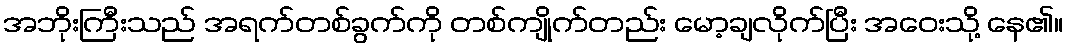
အဘိုးကြီးသည် အရက်တစ်ခွက်ကို တစ်ကျိုက်တည်း မော့ချလိုက်ပြီး အဝေးသို့ နေ၏။